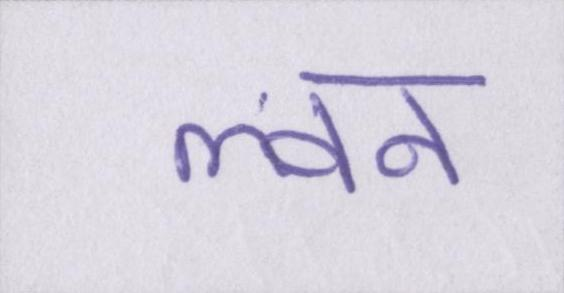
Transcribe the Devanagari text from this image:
ल्वन